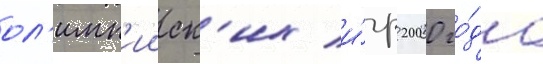
ол'имп'ииск'их и́гр 2000 го́да